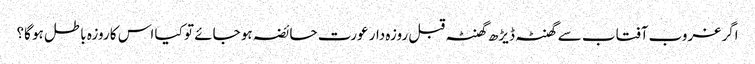
اگر غروب آفتاب سے گھنٹہ ڈیڑھ گھنٹہ قبل روزہ دار عورت حائضہ ہو جائے تو کیا اس کا روزہ باطل ہو گا؟